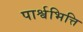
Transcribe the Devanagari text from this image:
पार्श्वभित्ति